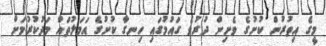
މީގެ އިތުރުން ކުށުގެ ވެށިން ދުރުވެ ގައުމުގައި ހިނގާ ކުށުގެ އަމަލުތައް މަދުކުރުމަށް